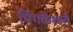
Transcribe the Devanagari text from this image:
पिंगळेश्वरी